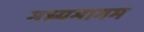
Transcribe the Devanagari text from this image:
मध्यमागम